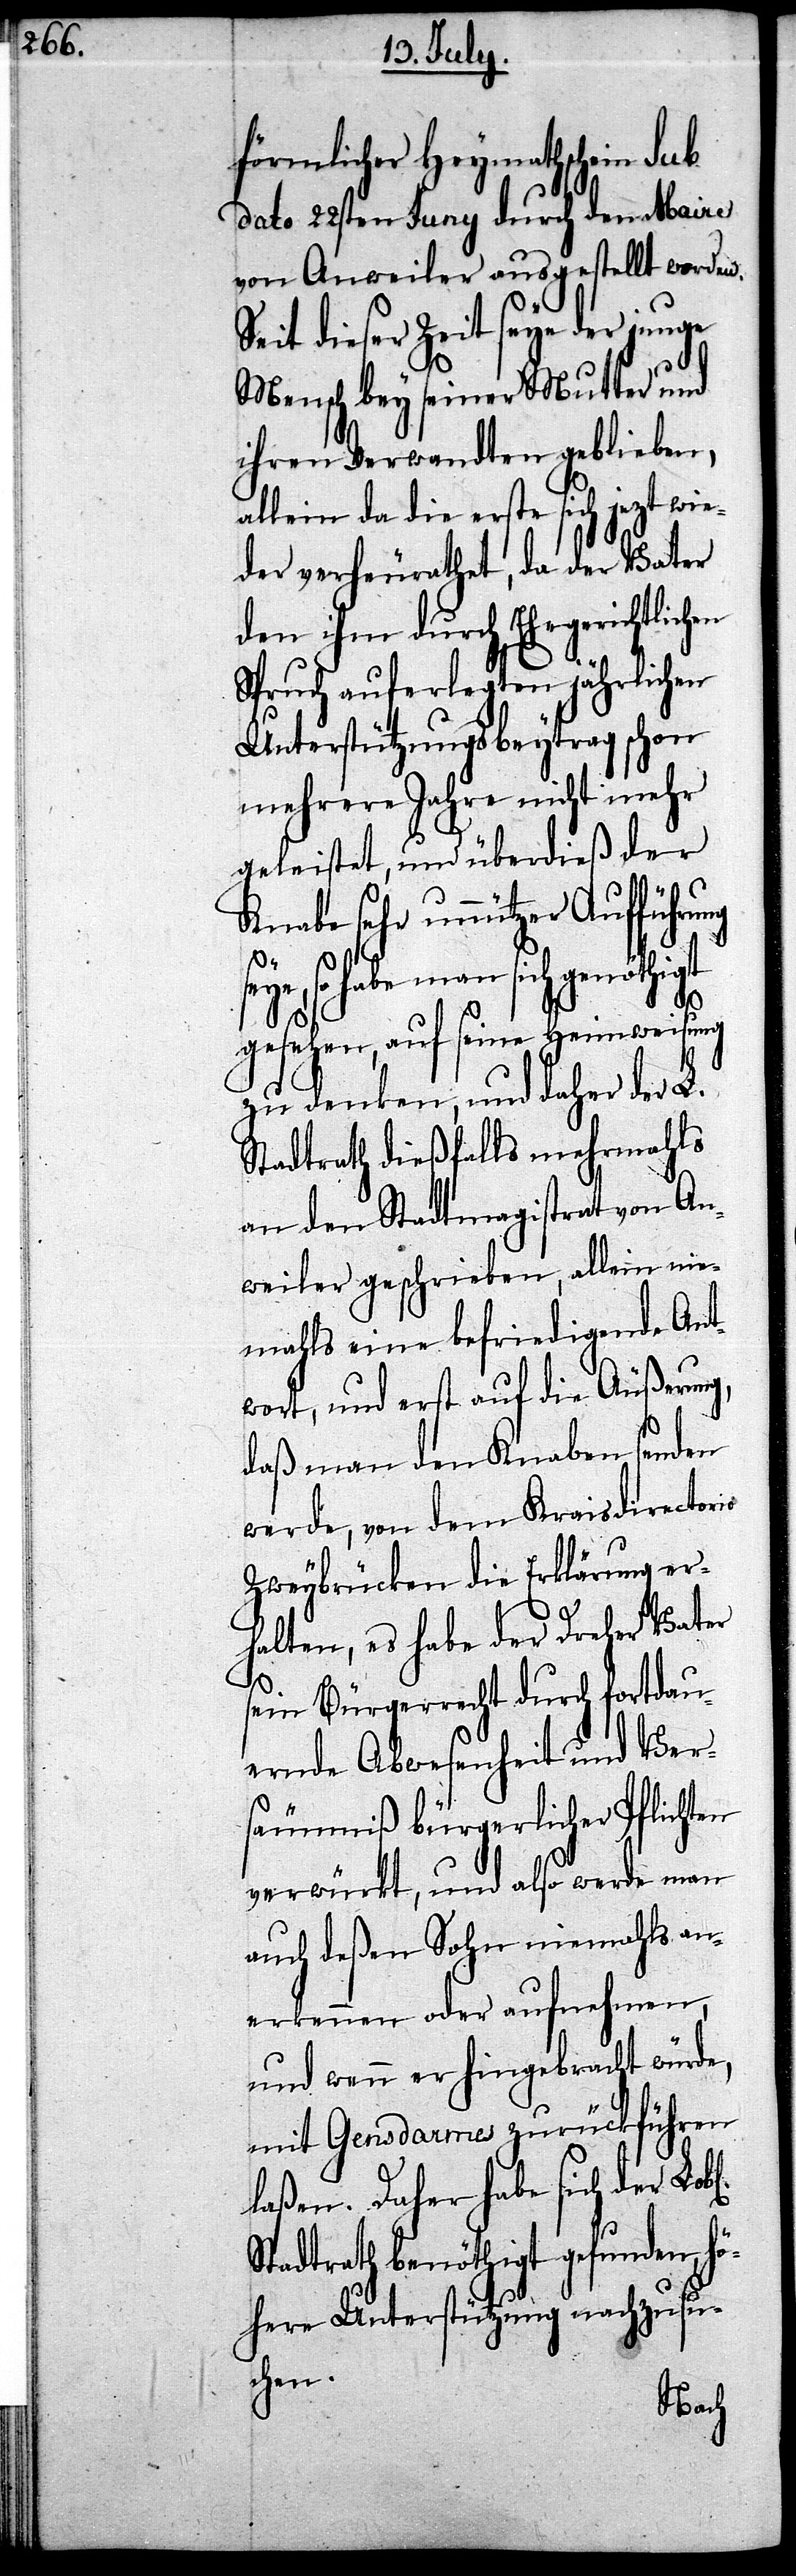
förmlicher Heymathschein sub
dato 22sten Juny durch den Maire
von Anweiler ausgestellt worden.
Seit dieser Zeit seye der junge
Mensch bey seiner Mutter und
ihren Verwandten geblieben,
allein da die erste sich jetzt wie¬
der verheurathet, da der Vater
den ihm durch Ehegerichtlichen
Spruch auferlegten jährlichen
Unterstützungsbeytrag schon
mehrere Jahre nicht mehr
geleistet, und überdieß der
Knabe sehr unnützer Aufführung
so habe man sich genöthigt
gesehen, auf seine Heimweisung
zu denken, und daher der L.
Stadtrath dießfalls mehrmahls
an den Stadtmagistraten von An¬
weiler geschrieben, allein nie¬
mahls eine befriedigende Ant¬
wort, und erst auf die Äußerung,
daß man den Knaben senden
werde, von dem Kraisdirectorio
Zweybrücken die Erklärung er¬
halten, es habe der Dreher Vater
sein Bürgerrecht durch fortdau¬
ernde Abwesenheit und Ver¬
säumniß bürgerlicher Pflichten
verwürkt, und also werde man
auch deßen Sohn niemahls an¬
erkennen oder aufnehmen,
und wenn er hingebracht würde,
mit Gensdarmes zurückführen
laßen. Daher habe sich der
Stadtrath benöthigt gefunden, Hö¬
here Unterstützung nachzusu¬
chen.